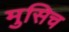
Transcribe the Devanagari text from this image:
मुसिच